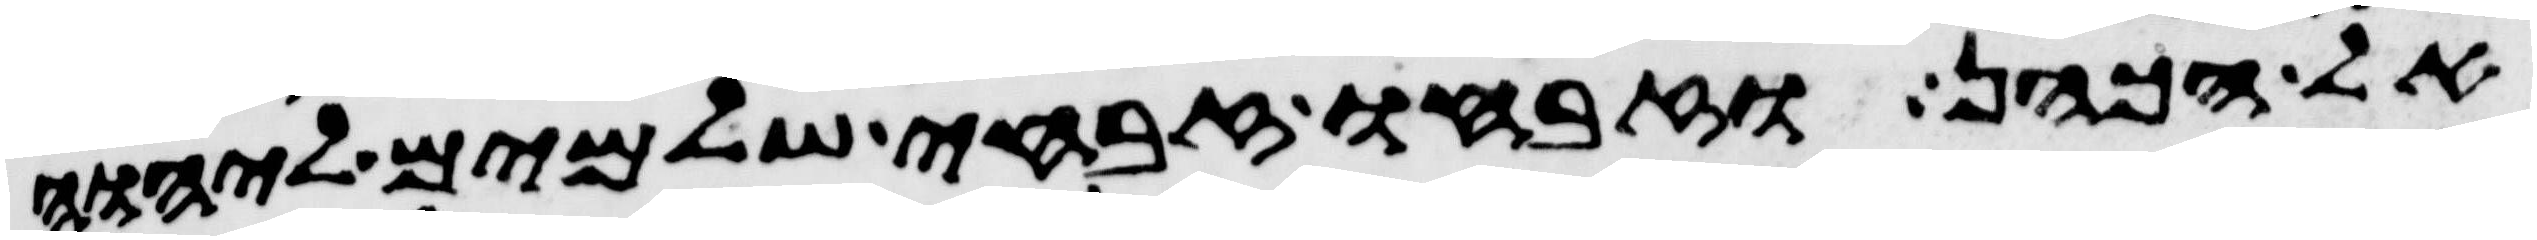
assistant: אל הכהן וזבחו זבחי שלמים ליהוה